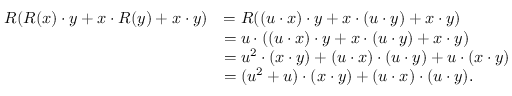
\begin{array} { r l } { R ( R ( x ) \cdot y + x \cdot R ( y ) + x \cdot y ) } & { = R ( ( u \cdot x ) \cdot y + x \cdot ( u \cdot y ) + x \cdot y ) } \\ & { = u \cdot ( ( u \cdot x ) \cdot y + x \cdot ( u \cdot y ) + x \cdot y ) } \\ & { = u ^ { 2 } \cdot ( x \cdot y ) + ( u \cdot x ) \cdot ( u \cdot y ) + u \cdot ( x \cdot y ) } \\ & { = ( u ^ { 2 } + u ) \cdot ( x \cdot y ) + ( u \cdot x ) \cdot ( u \cdot y ) . } \end{array}